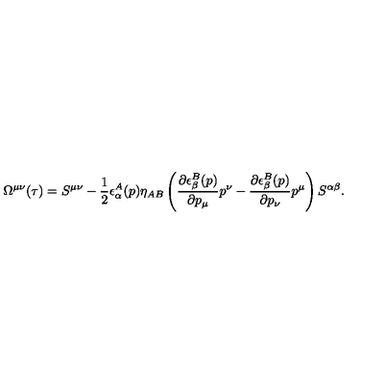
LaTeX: \Omega ^ { \mu \nu } ( \tau ) = S ^ { \mu \nu } - \frac { 1 } { 2 } \epsilon _ { \alpha } ^ { A } ( p ) \eta _ { A B } \left( \frac { \partial \epsilon _ { \beta } ^ { B } ( p ) } { \partial p _ { \mu } } p ^ { \nu } - \frac { \partial \epsilon _ { \beta } ^ { B } ( p ) } { \partial p _ { \nu } } p ^ { \mu } \right) S ^ { \alpha \beta } .